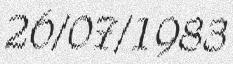
26/07/1983